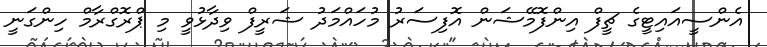
އެންސީއައިޓީގެ ޗީފް އިންފޮމޭޝަން އޮފިސަރު މުހައްމަދު ޝަރީފް ވިދާޅުވީ މި ޕްރޮގްރާމް ހިންގަނީ